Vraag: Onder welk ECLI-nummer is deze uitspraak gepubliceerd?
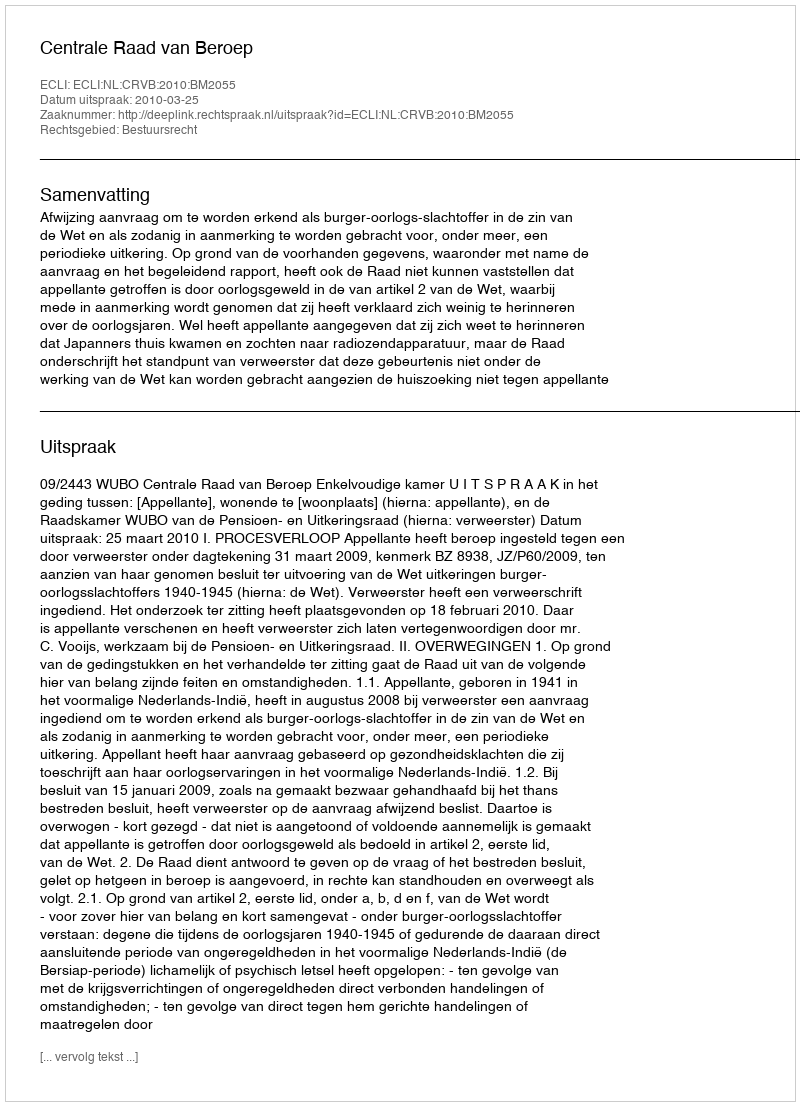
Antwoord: ECLI:NL:CRVB:2010:BM2055